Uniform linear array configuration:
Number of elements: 64
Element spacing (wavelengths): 0.75
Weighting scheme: hamming
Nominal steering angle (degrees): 60
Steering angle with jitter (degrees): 59.44
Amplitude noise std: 0.05
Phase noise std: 0.05

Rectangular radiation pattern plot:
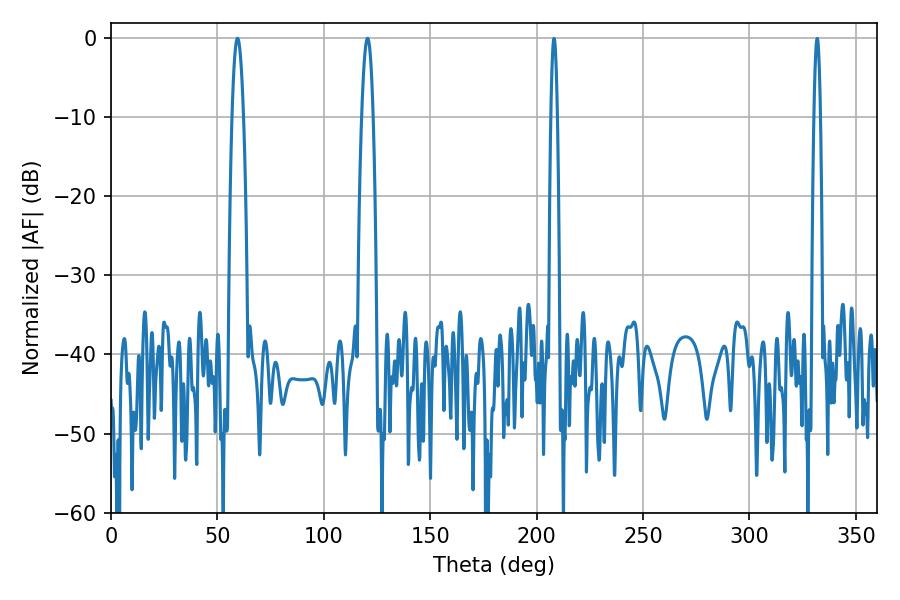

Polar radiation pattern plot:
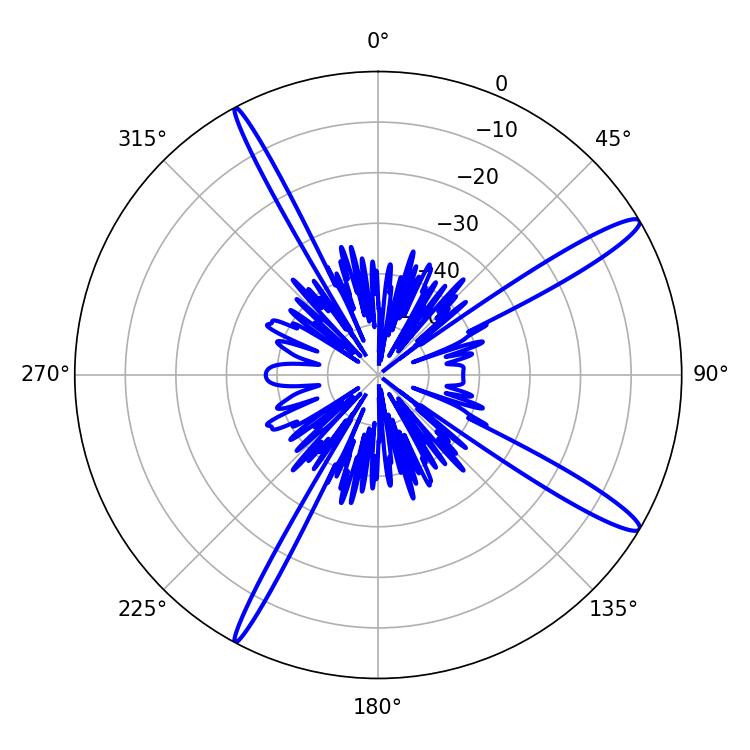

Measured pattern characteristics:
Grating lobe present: TRUE
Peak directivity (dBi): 14.782
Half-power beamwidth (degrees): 3.06
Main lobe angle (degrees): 59.4